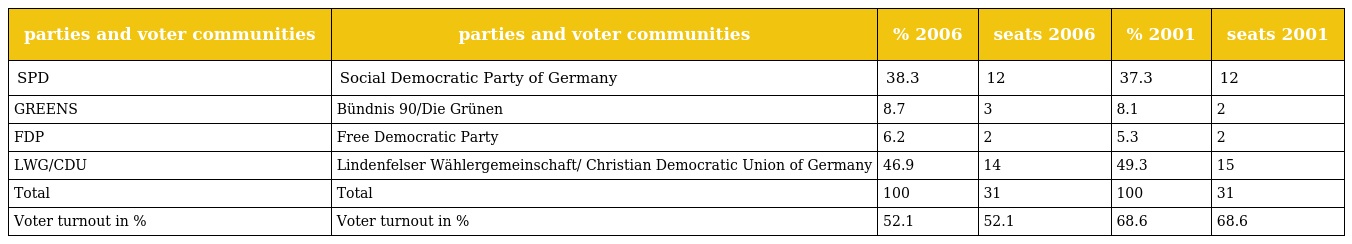
| parties and voter communities | parties and voter communities | % 2006 | seats 2006 | % 2001 | seats 2001 |
 | --- | --- | --- | --- | --- | --- |
 | SPD | Social Democratic Party of Germany | 38.3 | 12 | 37.3 | 12 |
 | GREENS | Bündnis 90/Die Grünen | 8.7 | 3 | 8.1 | 2 |
 | FDP | Free Democratic Party | 6.2 | 2 | 5.3 | 2 |
 | LWG/CDU | Lindenfelser Wählergemeinschaft/ Christian Democratic Union of Germany | 46.9 | 14 | 49.3 | 15 |
 | Total | Total | 100 | 31 | 100 | 31 |
 | Voter turnout in % | Voter turnout in % | 52.1 | 52.1 | 68.6 | 68.6 |